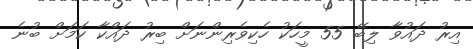
އިރު ދައުވާ ލިބޭ 55 މީހަކު ހެކިވެރިންނަށް ބިރު ދައްކާ ކަމަށް ބުނެ